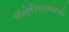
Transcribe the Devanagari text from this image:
पॅव्हेलियनमध्ये